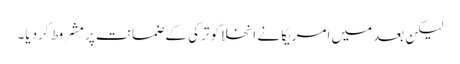
لیکن بعد میں امریکا نے انخلا کو ترکی کے ضمانت پر مشروط کردیا۔